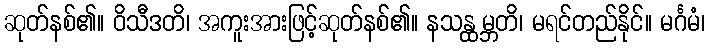
ဆုတ်နစ်၏။ ဝိသီဒတိ၊ အကူးအားဖြင့်ဆုတ်နစ်၏။ နသန္ထမ္ဘတိ၊ မရင်တည်နိုင်။ မင်္ဂမံ၊